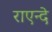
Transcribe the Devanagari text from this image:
राएन्दे